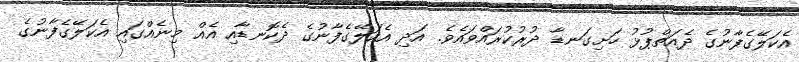
އެކަލޭގެފާނުގެ ދެއަތްޕުޅު ހަށިގަނޑާ ދުރުކުރައްވައެވެ. އަދި އެކަލޭގެފާނުގެ ދެކޮނޑާއި އެއް މިނެއްގައި އެކަލޭގެފާނުގެ